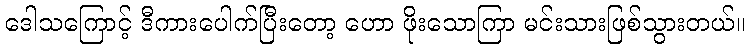
ဒေါသကြောင့် ဒီကားပေါက်ပြီးတော့ ဟော ဖိုးသောကြာ မင်းသားဖြစ်သွားတယ်။